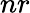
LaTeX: nr